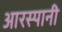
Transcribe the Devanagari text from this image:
आरस्पानी